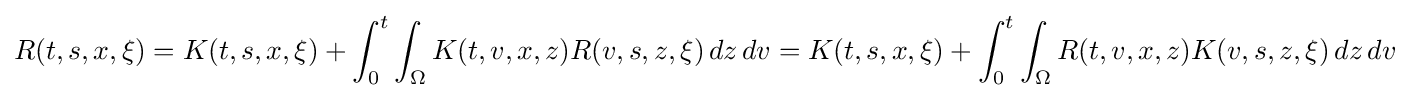
R(t,s,x,\xi )=K(t,s,x,\xi )+\int _{0}^{t}\int _{\Omega }K(t,v,x,z)R(v,s,z,\xi )\,dz\,dv=K(t,s,x,\xi )+\int _{0}^{t}\int _{\Omega }R(t,v,x,z)K(v,s,z,\xi )\,dz\,dv